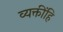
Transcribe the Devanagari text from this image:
व्यक्तींहि